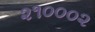
૨૧૦૦૦૨